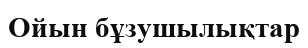
Ойын бұзушылықтар